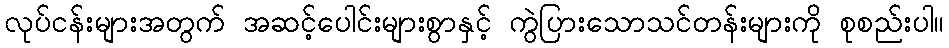
လုပ်ငန်းများအတွက် အဆင့်ပေါင်းများစွာနှင့် ကွဲပြားသောသင်တန်းများကို စုစည်းပါ။